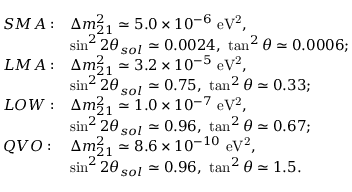
\begin{array} { r l l } { { } } & { { S M A : } } & { { \Delta m _ { 2 1 } ^ { 2 } \simeq 5 . 0 \times 1 0 ^ { - 6 } \ \mathrm { e V ^ { 2 } } , } } \\ { { } } & { { } } & { { \sin ^ { 2 } 2 \theta _ { s o l } \simeq 0 . 0 0 2 4 , \ \tan ^ { 2 } \theta \simeq 0 . 0 0 0 6 ; } } \\ { { } } & { { L M A : } } & { { \Delta m _ { 2 1 } ^ { 2 } \simeq 3 . 2 \times 1 0 ^ { - 5 } \ \mathrm { e V ^ { 2 } } , } } \\ { { } } & { { } } & { { \sin ^ { 2 } 2 \theta _ { s o l } \simeq 0 . 7 5 , \ \tan ^ { 2 } \theta \simeq 0 . 3 3 ; } } \\ { { } } & { { L O W : } } & { { \Delta m _ { 2 1 } ^ { 2 } \simeq 1 . 0 \times 1 0 ^ { - 7 } \ \mathrm { e V ^ { 2 } } , } } \\ { { } } & { { } } & { { \sin ^ { 2 } 2 \theta _ { s o l } \simeq 0 . 9 6 , \ \tan ^ { 2 } \theta \simeq 0 . 6 7 ; } } \\ { { } } & { { Q V O : } } & { { \Delta m _ { 2 1 } ^ { 2 } \simeq 8 . 6 \times 1 0 ^ { - 1 0 } \ \mathrm { e V ^ { 2 } } , } } \\ { { } } & { { } } & { { \sin ^ { 2 } 2 \theta _ { s o l } \simeq 0 . 9 6 , \ \tan ^ { 2 } \theta \simeq 1 . 5 . } } \end{array}